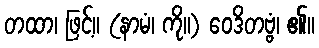
တထာ၊ ဖြင့်။ (နာမံ၊ ကို။) ဝေဒိတဗ္ဗံ၊ ၏။